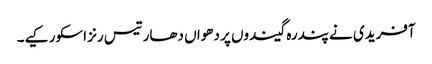
آفریدی نے پندرہ گیندوں پر دھواں دھار تیس رنز اسکور کیے۔